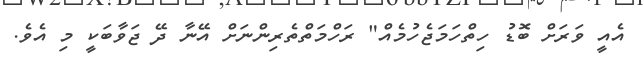
އެއީ ވަރަށް ބޮޑު ހިތްހަމަޖެހުމެއް" ރަހްމަތްތެރިންނަށް އޭނާ ދޭ ޖަވާބަކީ މި އެވެ.